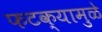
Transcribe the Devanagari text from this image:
फटक्यामुळे